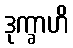
ဒုက္ခာဟိ